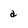
Character: a